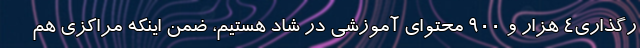
رگذاری۴ هزار و ۹۰۰ محتوای آموزشی در شاد هستیم، ضمن اینکه مراکزی هم